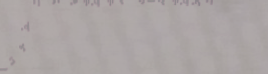
تخفيضات صيفية لا تفوتكم ع